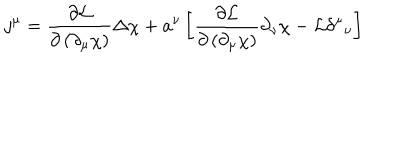
LaTeX: j ^ { \mu } = \frac { \partial { \mathcal { L } } } { \partial \left( \partial _ { \mu } \chi \right) } \Delta \chi + a ^ { \nu } \left[ \frac { \partial { \mathcal { L } } } { \partial \left( \partial _ { \mu } \chi \right) } \partial _ { \nu } \chi - { \cal L } \delta ^ { \mu } { } _ { \nu } \right]